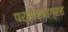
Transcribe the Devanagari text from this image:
पर्सव्याग्रह